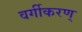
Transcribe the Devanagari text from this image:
वर्गीकरण्